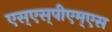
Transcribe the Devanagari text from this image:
एस्‌एस्‌पीएम्‌एस